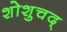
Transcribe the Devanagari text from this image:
शोशुचद्